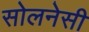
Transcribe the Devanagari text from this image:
सोलनेसी